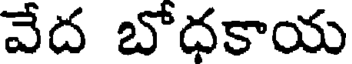
వేద బోధకాయ